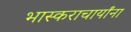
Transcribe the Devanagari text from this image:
भास्कराचार्यांना